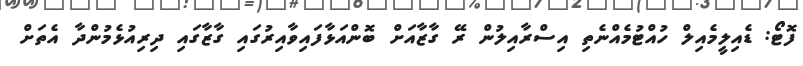
ފޮޓޯ: ޑެއިލީމެއިލް ހުއްޓުމެއްނެތި އިސްރާއިލުން ރޭ ގާޒާއަށް ބޮންއަޅާފައިވާއިރުގައި ގާޒާގައި ދިރިއުޅެމުންދާ އެތަށް